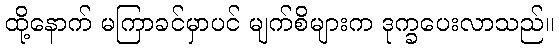
ထို့နောက် မကြာခင်မှာပင် မျက်စိများက ဒုက္ခပေးလာသည်။